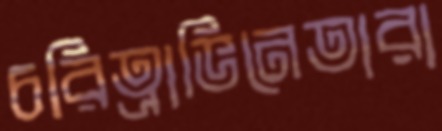
চরিত্রাভিনেতারা